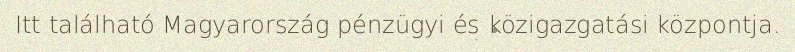
Itt található Magyarország pénzügyi és közigazgatási központja.